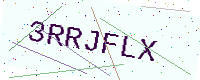
Text: 3RRJFLX